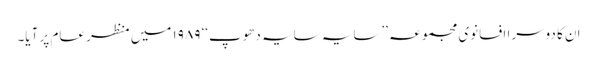
ان کا دوسرا افسانوی مجموعہ ’’سایہ سایہ دھوپ‘‘ ۱۹۸۹ میں منظر عام پر آیا۔